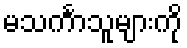
မသင်္ကာသူများကို